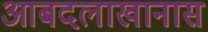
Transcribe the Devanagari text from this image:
आबदलाखानास